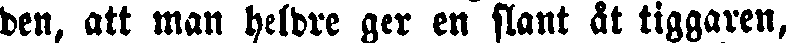
den, att man heldre ger en slant åt tiggaren,